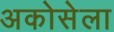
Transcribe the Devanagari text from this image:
अकोसेला